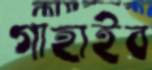
গাহাইব